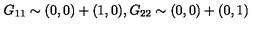
G _ { 1 1 } \sim ( 0 , 0 ) + ( 1 , 0 ) , G _ { 2 2 } \sim ( 0 , 0 ) + ( 0 , 1 )